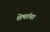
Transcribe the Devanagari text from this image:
शेषांचा